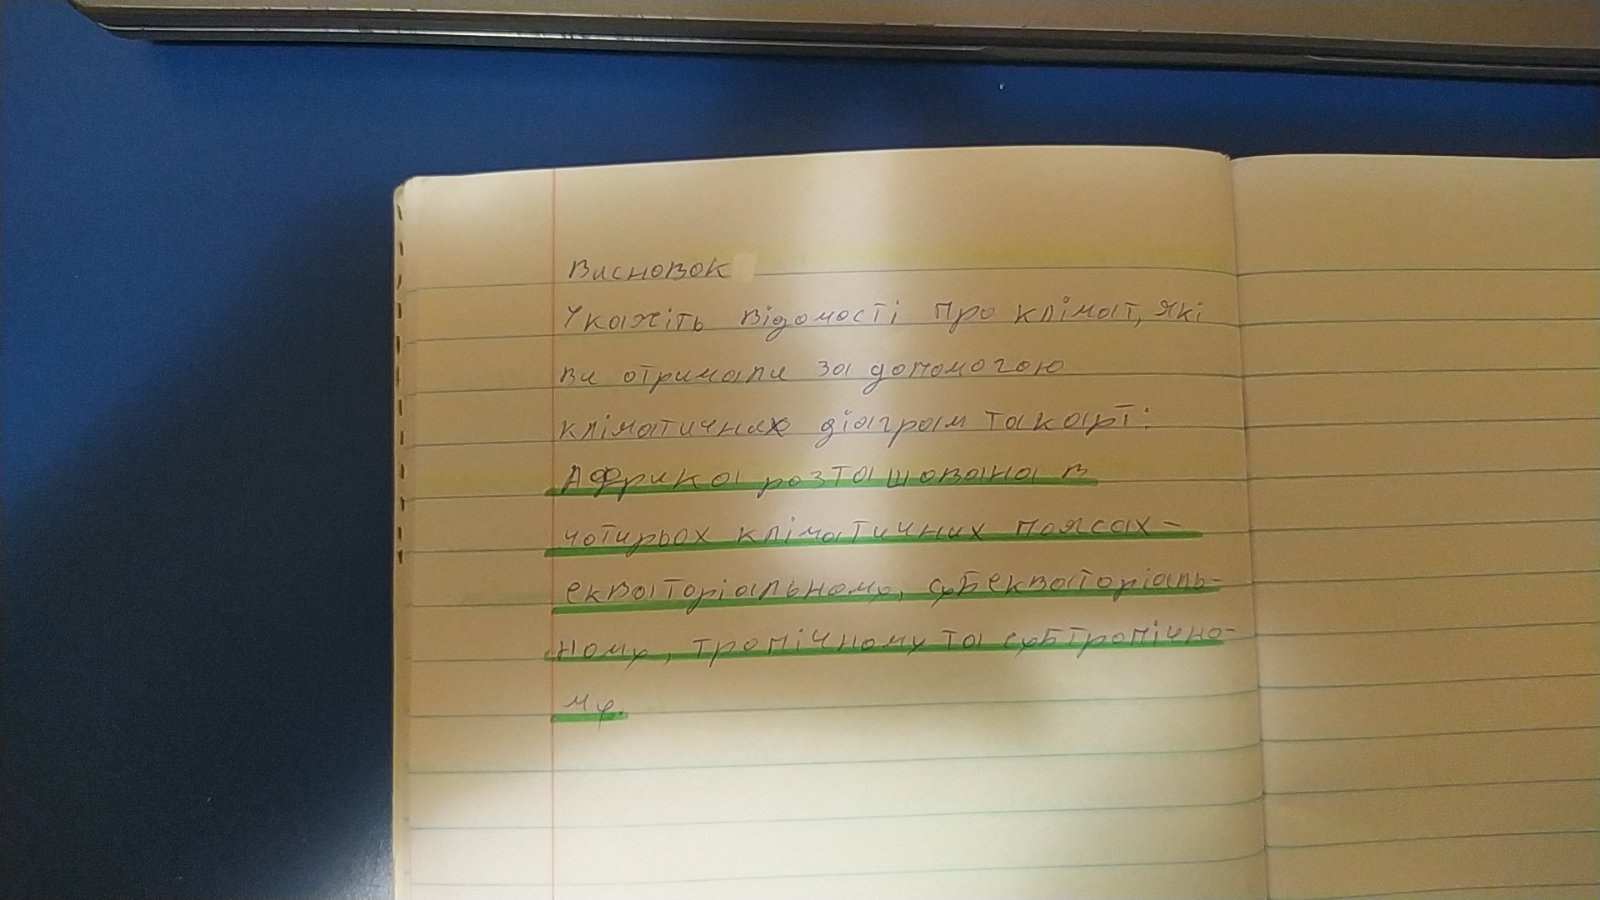
Висновок
Укажіть відомості про клімат, які
ви отримали за допомогою
кліматичних діаграм та карт:
Африка розташована в
чотирьох кліматичних поясах -
екваторіальному, субекваторіаль-
ному, тропічному та субтропічно-
му.